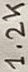
Text: 1.2K